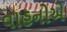
વાહનોએ